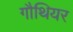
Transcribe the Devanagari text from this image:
गौथियर